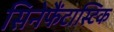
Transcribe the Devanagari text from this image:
सिनेफैंटास्टिक